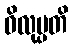
ဝိလုပ္ပတိ